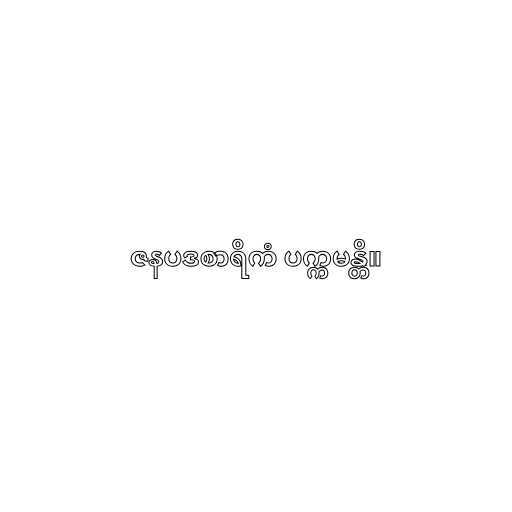
ဇနပဒစာရိကံ ပက္ကမန္တိ။